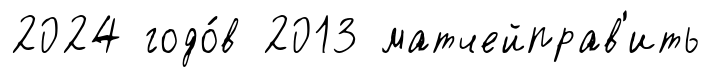
2024 годо́в 2013 матчейправ'ить